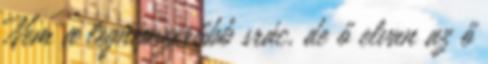
Nem a legnépszerűbb srác, de ő elvan az ő